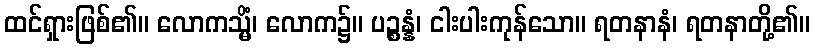
ထင်ရှားဖြစ်၏။ လောကသ္မိံ၊ လောက၌။ ပဉ္စန္နံ၊ ငါးပါးကုန်သော။ ရတနာနံ၊ ရတနာတို့၏။